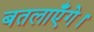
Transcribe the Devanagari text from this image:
बतलाएँगे।